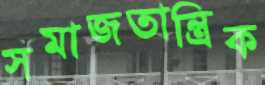
সমাজতান্ত্রিক